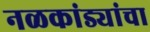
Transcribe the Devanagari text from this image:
नळकांड्यांचा